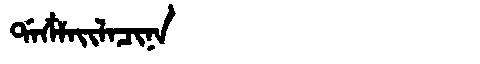
Manchu: ᡩᠠᠴᠶᠠᡳᠯᠠᠴᡳᠨᠠ
Romanization: DACYAILACINA